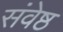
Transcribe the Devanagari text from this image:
संवेष्ठ